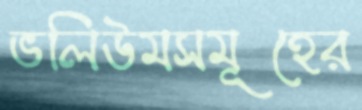
ভলিউমসমূহের